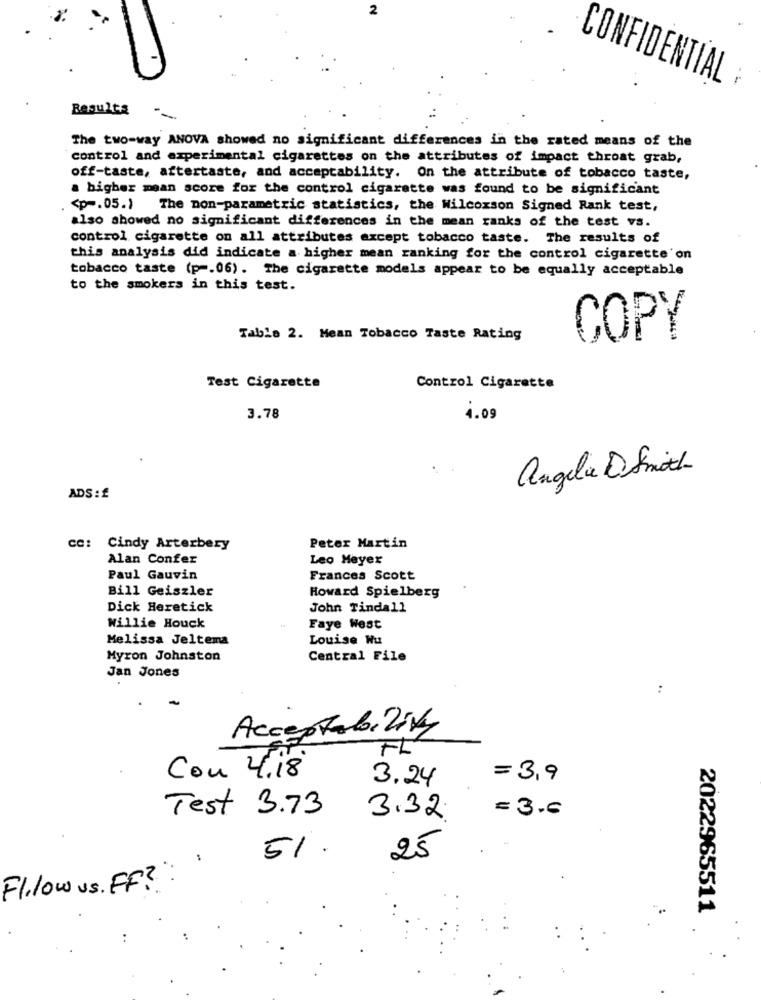
2
CONFIDENTIAL
Results
The two-way ANOVA showed no significant differences in the rated means of the
control and experimental cigarettes on the attributes of impact throat grab,
off-taste, aftertaste, and acceptability. On the attribute of tobacco taste,
a bigher mean score for the control cigarette was found to be significant
<p -. 05.) The non-parametric statistics, the Wilcoxson Signed Rank test,
also showed no significant differences in the mean ranks of the test vs.
control cigarette on all attributes except tobacco taste. The results of
this analysis did indicate a higher mean ranking for the control cigarette on
tobacco taste (p -. 06). The cigarette models appear to be equally acceptable
to the smokers in this test.
Table 2. Mean Tobacco Taste Rating
COPY
Test Cigarette
Control Cigarette
3.78
4.09
Angela DSmith
ADS : £
cc: Cindy Arterbery
Peter Martin
Alan Confer
Leo Meyer
Paul Gauvin
Frances Scott
Bill Geiszler
Howard Spielberg
Dick Heretick
John Tindall
Willie Houck
Faye West
Melissa Jeltema
Louise Nu
Myron Johnston
Central File
Jan Jones
Acceptability
FL
Con 4.18
3.24
= 3,9
= 3.6
Test 3.73
3.32
51.
25
Flilow us. FF?
2022965511